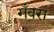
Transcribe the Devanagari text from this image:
गँवरा